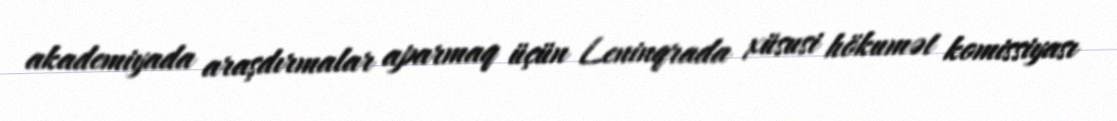
akademiyada araşdırmalar aparmaq üçün Leninqrada xüsusi hökumət komissiyası